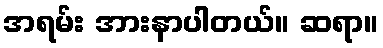
အရမ်း အားနာပါတယ်။ ဆရာ။